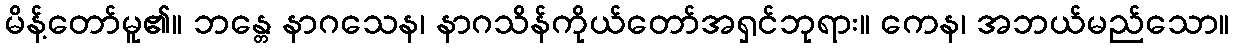
မိန့်တော်မူ၏။ ဘန္တေ နာဂသေန၊ နာဂသိန်ကိုယ်တော်အရှင်ဘုရား။ ကေန၊ အဘယ်မည်သော။